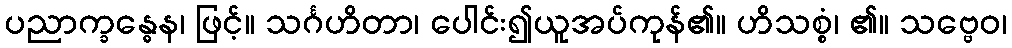
ပညာက္ခန္ဓေန၊ ဖြင့်။ သင်္ဂဟိတာ၊ ပေါင်း၍ယူအပ်ကုန်၏။ ဟိသစ္စံ၊ ၏။ သဗ္ဗေဝ၊